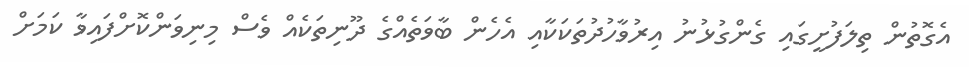
އެގޮތުން ތިލަފުށީގައި ގެންގުޅުނު އިރުވާހުދުތަކަކާއި އެހެން ބާވަތެއްގެ ދޫނިތަކެއް ވެސް މިނިވަންކޮށްފައިވާ ކަމަށް